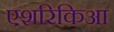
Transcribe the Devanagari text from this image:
एशरिकिआ